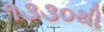
૧૩૩૦થી